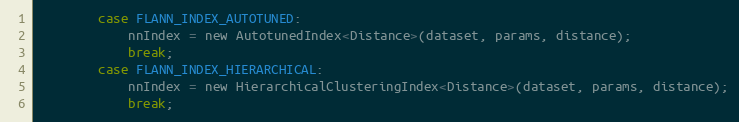
Language: C
        case FLANN_INDEX_AUTOTUNED:
            nnIndex = new AutotunedIndex<Distance>(dataset, params, distance);
            break;
        case FLANN_INDEX_HIERARCHICAL:
            nnIndex = new HierarchicalClusteringIndex<Distance>(dataset, params, distance);
            break;